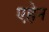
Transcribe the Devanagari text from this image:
एह्रेन